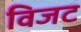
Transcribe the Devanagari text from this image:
विजट